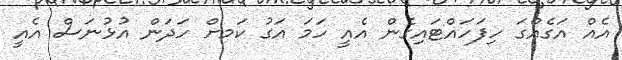
އެއް އަގެއްގަ ހިފަހައްޓައިގެން އެއީ ހަމަ އަގު ކަމށް ހަދަން އުޅުނަސް އެއީ